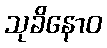
သုခိနောဝ